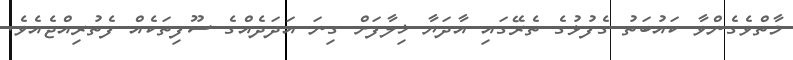
މާތްވެގެންވާ ކައުބަތު ގެފުޅުގެ ތެރޭގައި އާދަޔާ ޚިލާފަށް ގިނަ އަދަދެއްގެ ސޫފިތަކެއް ފެތުރިއްޖެއެވެ.